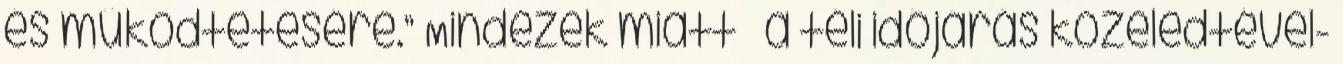
és működtetésére.” Mindezek miatt – a téli időjárás közeledtével-